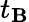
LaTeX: t_{\mathbf{B}}